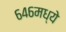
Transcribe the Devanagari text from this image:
६४६मध्ये